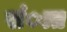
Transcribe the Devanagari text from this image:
संात